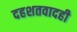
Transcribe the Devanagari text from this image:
दहशतवादही